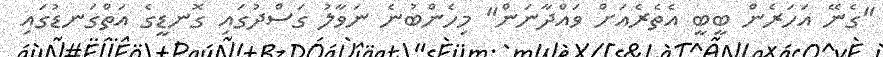
"ގެނޭ އަހަރެން ބީބީ އެތެރެއަށް ވައްދާނަން" މިހެންބުނެ ނަވާލު ގަސްދުގައި ގޮނޑީގެ އަތްގަނޑުގައި